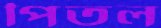
পিতল